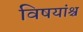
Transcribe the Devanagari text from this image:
विषयांश्च